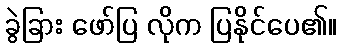
ခွဲခြား ဖော်ပြ လိုက ပြနိုင်ပေ၏။